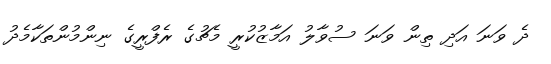
ދެ ވަނަ އަދި ތިން ވަނަ ސުވާލު އަމާޒުކުރީ މެޗުގެ ރެފްރީގެ ނިންމުންތަކާމެދު